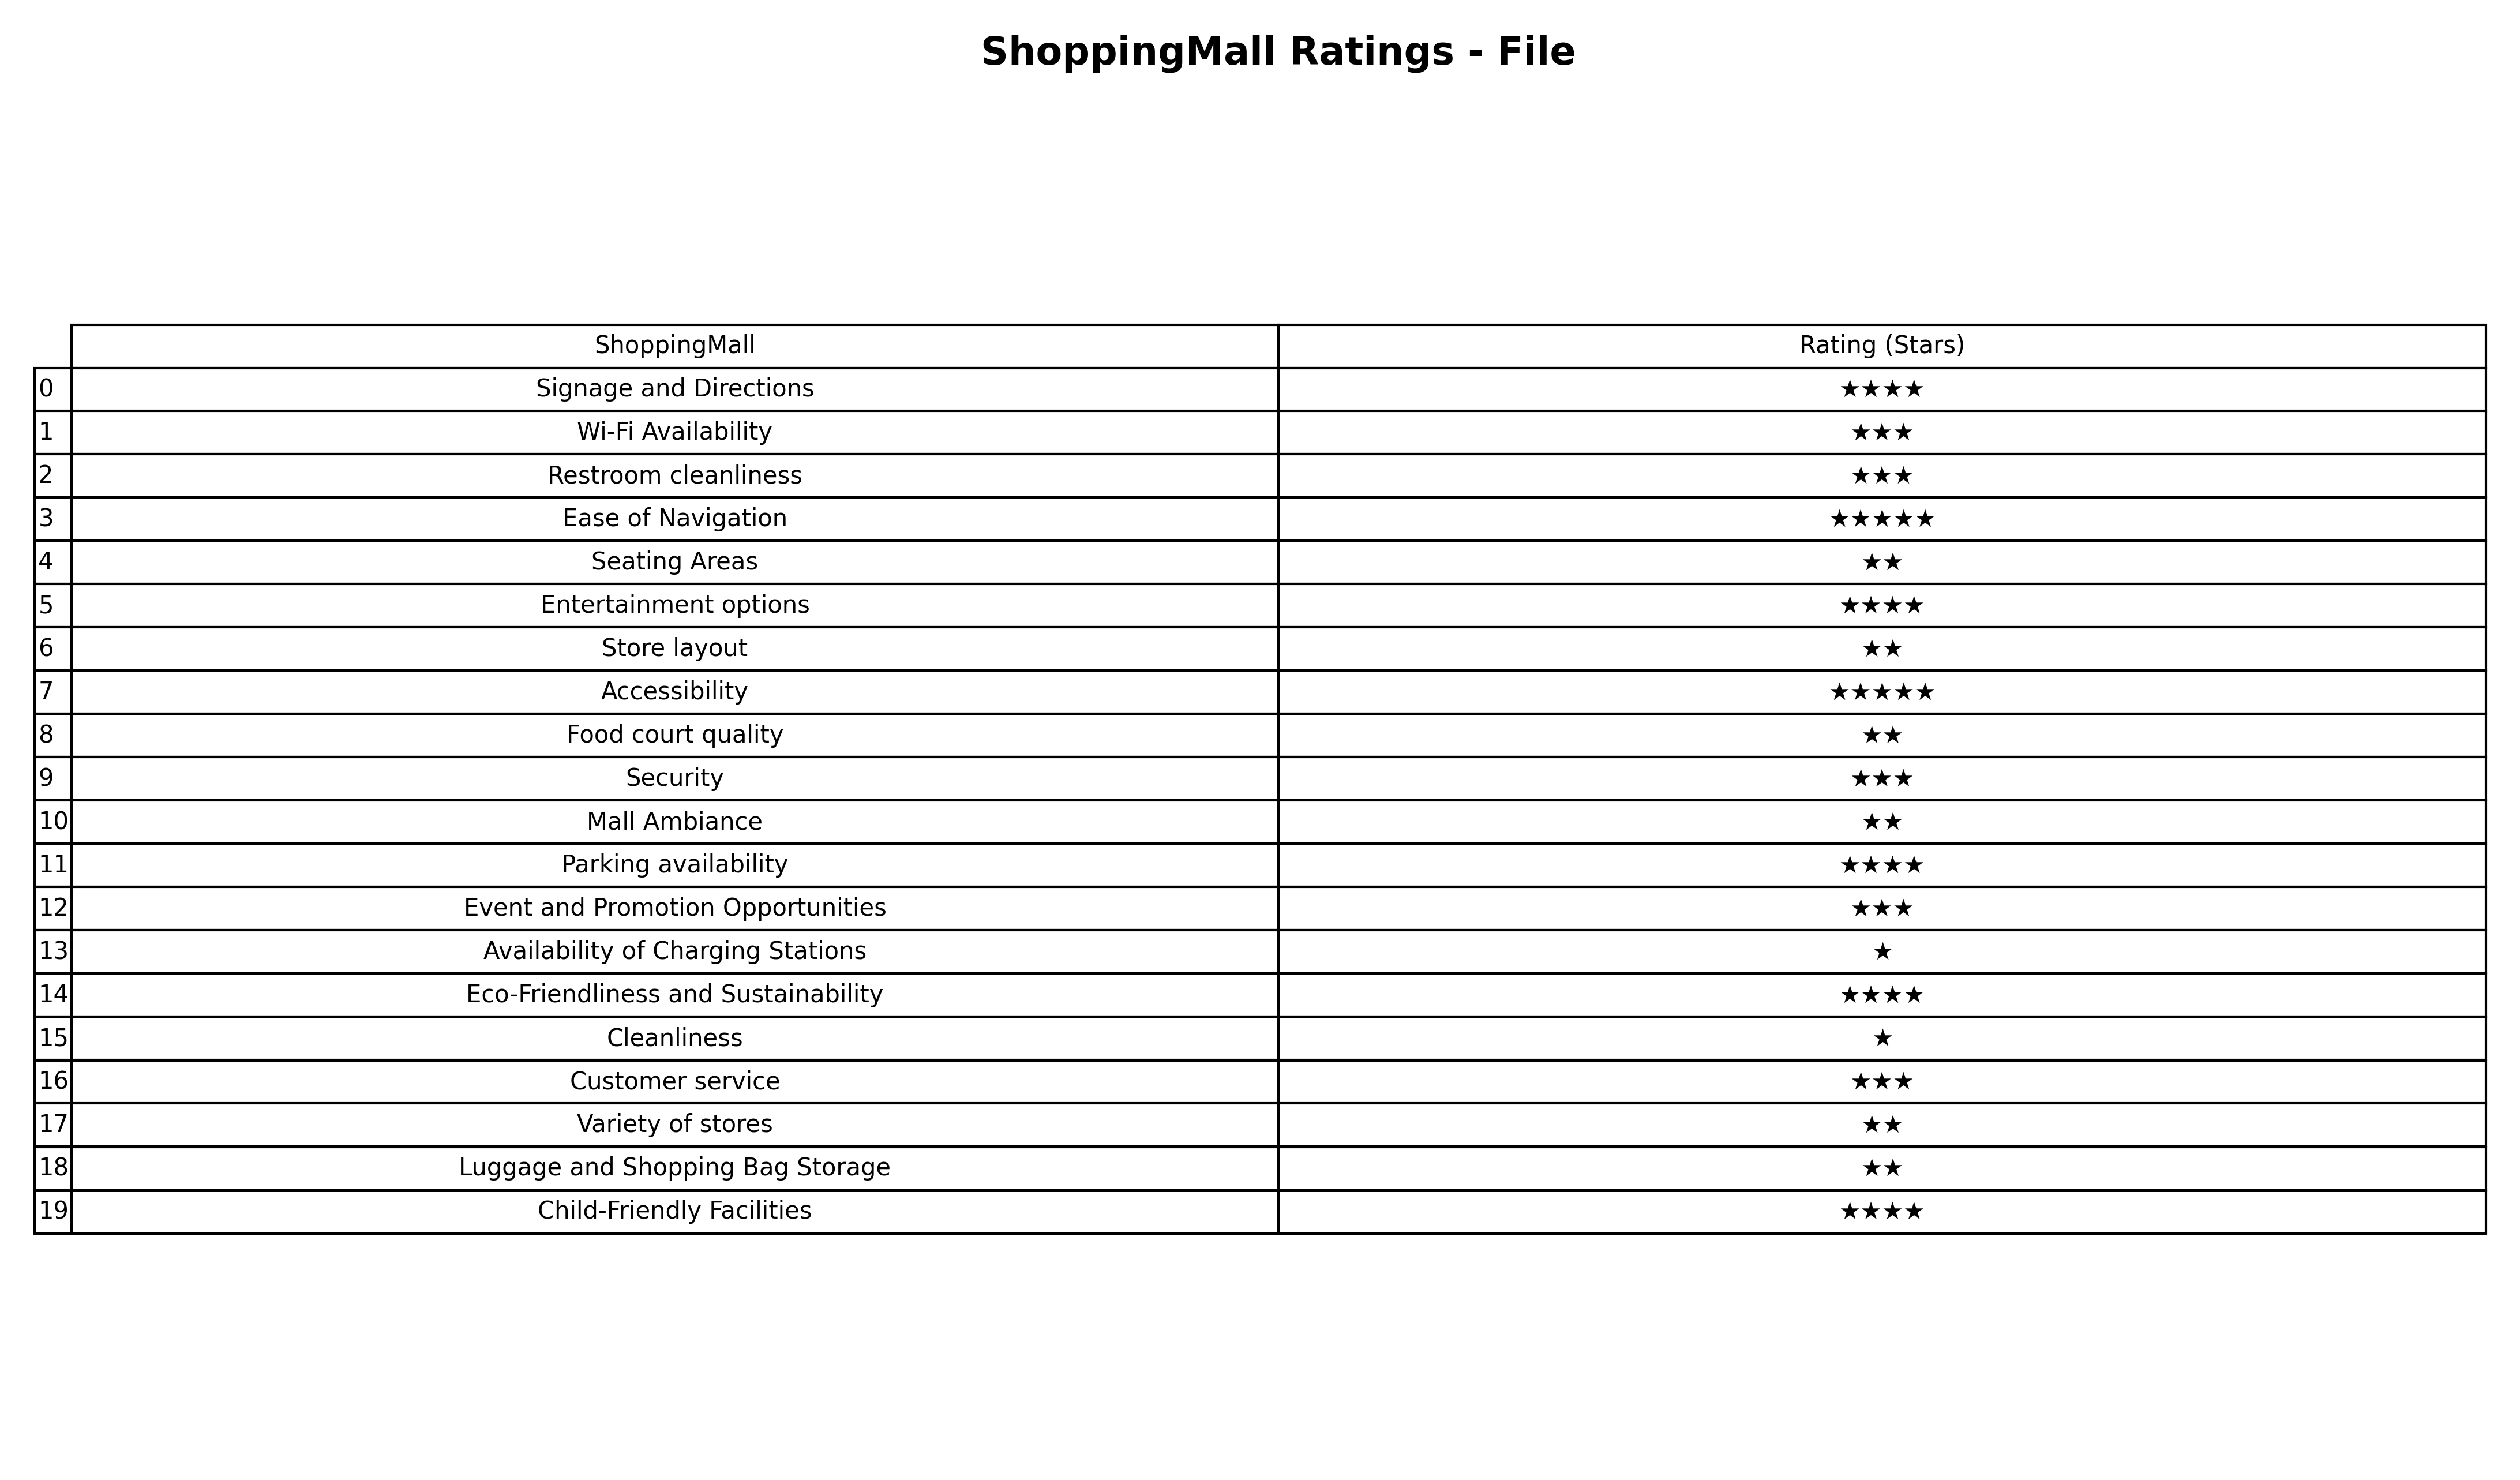
question: What are two star services?
answer: Seating AreasStore layoutFood court qualityMall AmbianceVariety of storesLuggage and Shopping Bag Storage